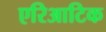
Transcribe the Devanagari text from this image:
एरिआटिक